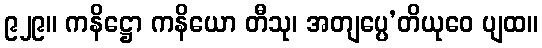
၉၂၉။ ကနိဋ္ဌော ကနိယော တီသု၊ အတျပ္ပေ’တိယုဝေ ပျထ။